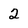
Character: 2